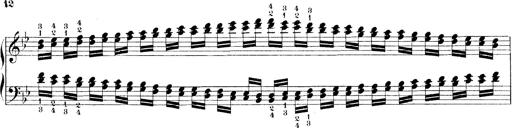
Title: Technische Studien
Composer: Franz Liszt